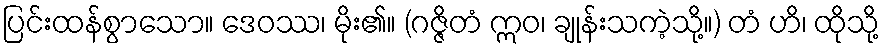
ပြင်းထန်စွာသော။ ဒေဝဿ၊ မိုး၏။ (ဂဇ္ဇိတံ ဣဝ၊ ချုန်းသကဲ့သို့။) တံ ဟိ၊ ထိုသို့